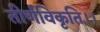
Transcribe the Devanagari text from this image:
तीर्णविकृति।।